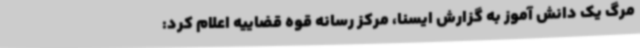
مرگ یک دانش آموز به گزارش ایسنا، مرکز رسانه قوه قضاییه اعلام کرد: